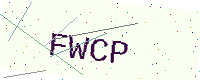
Text: FWCP